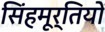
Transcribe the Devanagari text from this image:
सिंहमूर्तियों